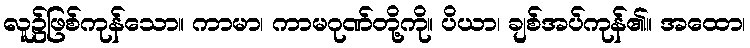
လူ၌ဖြစ်ကုန်သော။ ကာမာ၊ ကာမဂုဏ်တို့ကို။ ပိယာ၊ ချစ်အပ်ကုန်၏။ အထော၊